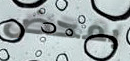
بمحض